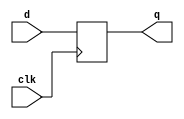
module my_dff (
    input  wire clk,
    input  wire d,
    output  reg q
);
	always @(posedge clk)
    	q <= d;
endmodule

module top_module (
    input  wire clk,
    input  wire d,
    output wire q
);
    wire q1, q2, q3;

    my_dff d1 (
        .clk    (clk),
        .d      (d  ),
        .q      (q1 )
    );
    my_dff d2 (
        .clk    (clk),
        .d      (q1 ),
        .q      (q2 )
    );
    my_dff d3 (
        .clk    (clk),
        .d      (q2 ),
        .q      (q3 )
    );
    assign q = q3;
endmodule